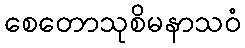
စေတောသုစိမနာသဝံ